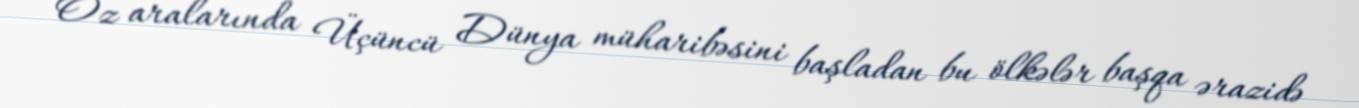
Öz aralarında Üçüncü Dünya müharibəsini başladan bu ölkələr başqa ərazidə